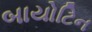
બાયોટિન